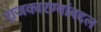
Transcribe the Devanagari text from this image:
राजकारण्यांबद्दल